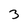
Character: 3